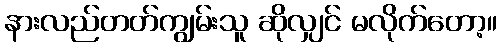
နားလည်တတ်ကျွမ်းသူ ဆိုလျှင် မလိုက်တော့။